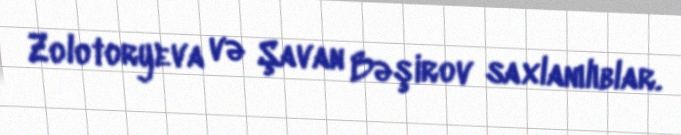
Zolotoryeva və Şavan Bəşirov saxlanılıblar.